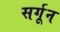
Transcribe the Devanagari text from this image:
सर्गून